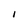
Character: l